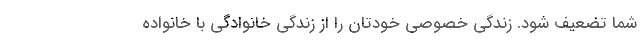
شما تضعیف شود. زندگی خصوصی خودتان را از زندگی خانوادگی با خانواده